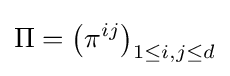
\Pi =\left(\pi ^{ij}\right)_{1\leq i,j\leq d}